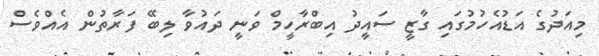
މިއަދުގެ އަޑުއެހުމުގައި ގާޒީ ސައީދު އިބްރާހީމް ވަނީ ދައުވާ ލިބޭ ފަރާތުން އެއްވެސް